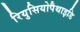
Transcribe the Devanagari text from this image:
रियुसियोपैथाइडि